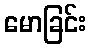
မောခြင်း